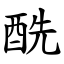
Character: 酰